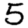
Digit: 5